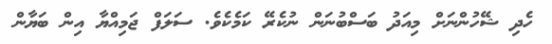
ހެދި ޝޭހުންނަށް މިއަދު ބަސްބުނަން ނުކެރޭ ކަމެކެވެ. ސަލަފް ޖަމިއްޔާ އިން ބަޔާން